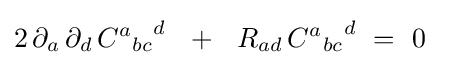
2\,\partial _{a}\,\partial _{d}\,{{C^{a}}_{bc}}^{d}~~+~~R_{ad}\,{{C^{a}}_{bc}}^{d}~=~0~